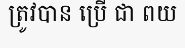
ត្រូវបាន ប្រើ ជា ពយ